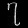
Digit: ၇